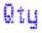
QTY